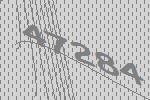
47284